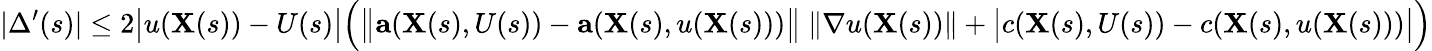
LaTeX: |\Delta^{\prime}(s)|\leq 2{\big|}u(\mathbf{X}(s))-U(s){\big|}{\Big(}{\big\| }\mathbf{a}(\mathbf{X}(s),U(s))-\mathbf{a}(\mathbf{X}(s),u(\mathbf{X}(s))){\big\| }\ \| \nabla u(\mathbf{X}(s))\| +{\big|}c(\mathbf{X}(s),U(s))-c(\mathbf{X}(s),u(\mathbf{X}(s))){\big|}{\Big)}